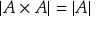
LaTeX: | A \times A | = | A |